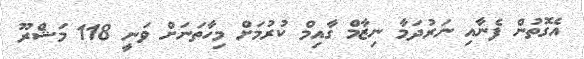
އެގޮތުން ފެނާއި ނަރުދަމާ ނިޒާމް ގާއިމް ކުރުމަށް މިހާތަނަށް ވަނީ 118 މަޝްރޫ